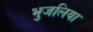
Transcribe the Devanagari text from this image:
भुजलिया